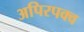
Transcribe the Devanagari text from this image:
अपिरपक्व